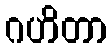
ဂဟိတာ